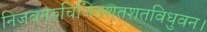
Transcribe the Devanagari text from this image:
निजवनरुचिजितशतशतविधुवन।